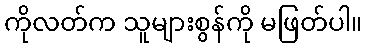
ကိုလတ်က သူများစွန်ကို မဖြတ်ပါ။